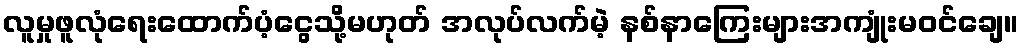
လူမှုဖူလုံရေးထောက်ပံ့ငွေသို့မဟုတ် အလုပ်လက်မဲ့ နစ်နာကြေးများအကျုံးမဝင်ချေ။